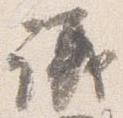
議